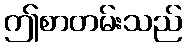
ဤစာတမ်းသည်